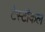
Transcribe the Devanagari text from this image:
टेस्टीकल